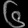
Digit: ၆